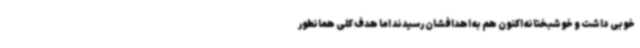
خوبی داشت و خوشبختانه اکنون هم به اهدافشان رسیدند اما هدف کلی همانطور